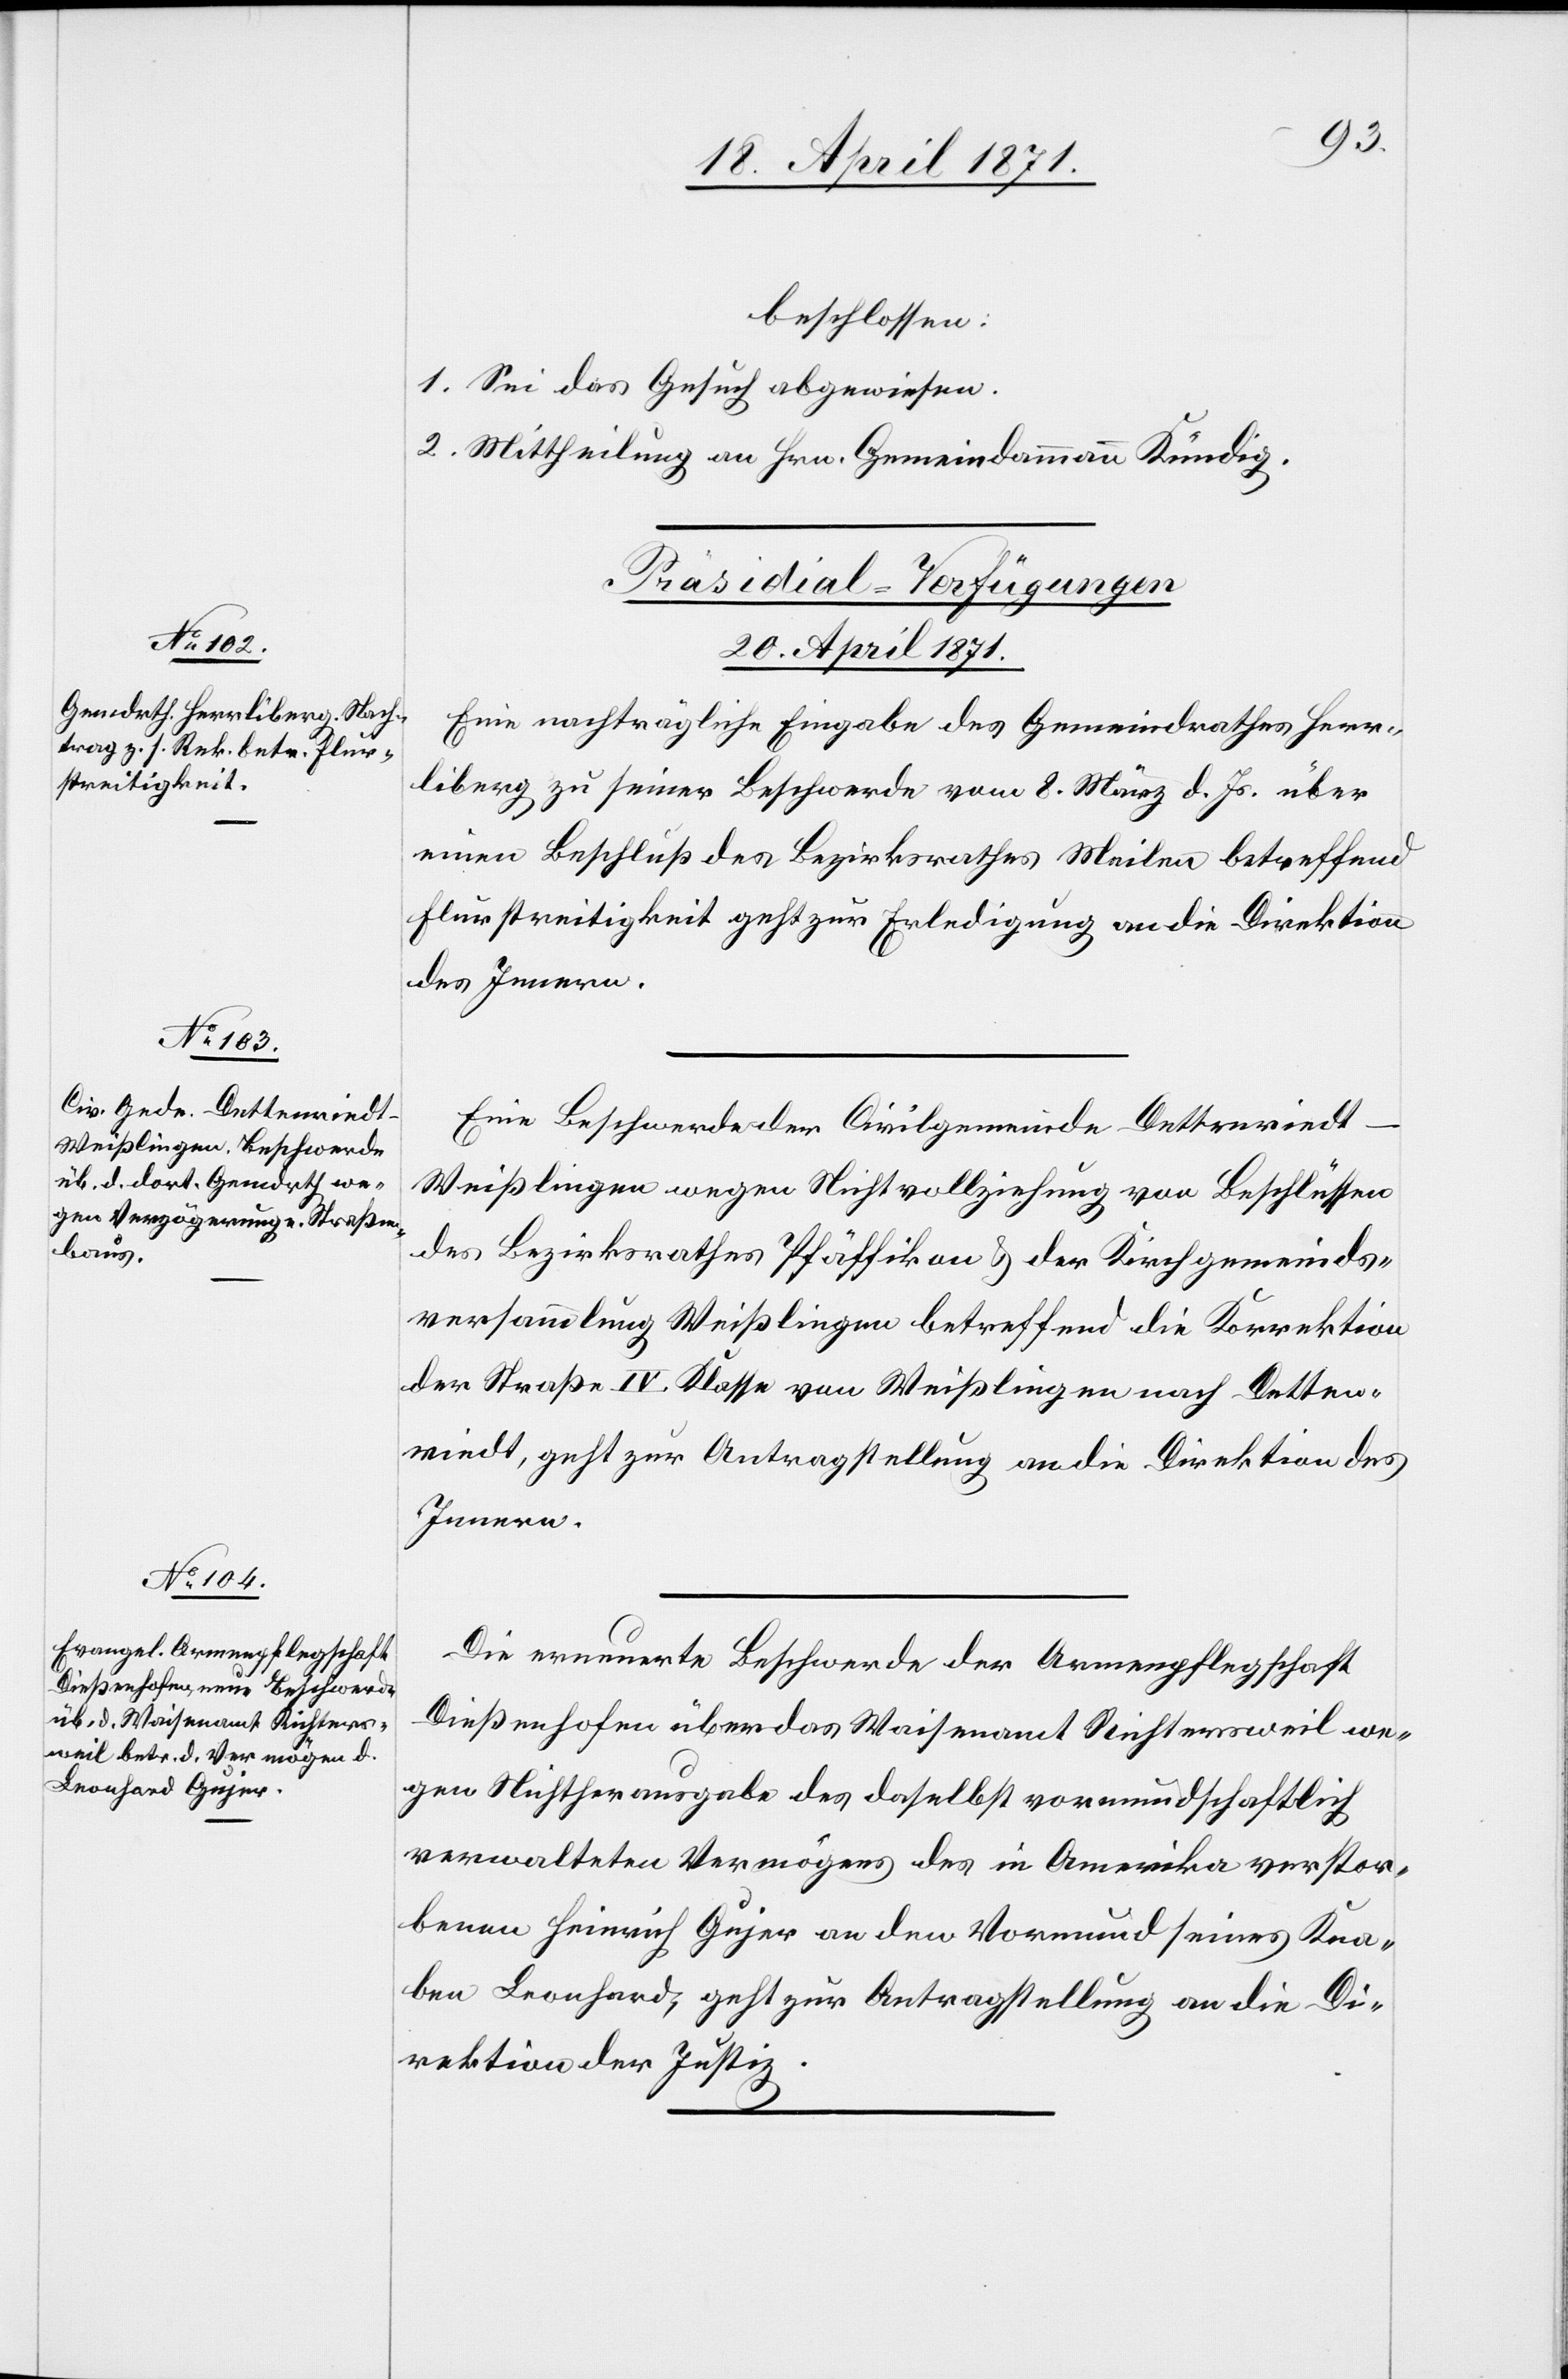
beschlossen:
1. Sei das Gesuch abgewiesen.
2. Mittheilung an Hrn. Gemeindammann Kündig.
[Präsidial-Verfügungen
20. April 1871.]
Eine nachträgliche Eingabe des Gemeindrathes Herr¬
liberg zu seiner Beschwerde vom 8. März d. Js. über
einen Beschluß des Bezirksrathes Meilen betreffend
Flurstreitigkeit geht zur Erledigung an die Direktion
des Innern.
Eine Beschwerde der Civilgemeinde Dettenriedt-W¬
eißlingen wegen Nichtvollziehung von Beschlüssen
des Bezirksrathes Pfäffikon u. der Kirchgemeinds¬
versammlung Weißlingen betreffend die Korrektion
der Straße IV. Klasse von Weißlingen nach Detten¬
riedt, geht zur Antragstellung an die Direktion des
Innern.
Die erneuerte Beschwerde der Armenpflegschaft
Dießenhofen über das Waisenamt Richtersweil we¬
gen Nichtherausgabe des daselbst vormundschaftlich
verwalteten Vermögens des in Amerika verstor¬
benen Heinrich Gujer an den Vormund seines Kna¬
ben Leonhard, geht zur Antragstellung an die Di¬
rektion der Justiz.